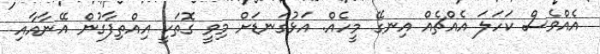
އެއްވެސް ކަހަލަ އެއްޗެއް އިނގޭ މީހެއް. އަޅުގަނޑަށް މިވީ ގޮތަކީ އިއްތިފާގުން އޭނާއާއި